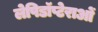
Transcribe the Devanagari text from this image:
लेपिडॉप्टेराओं